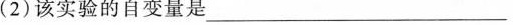
(2)该实验的自变量是___